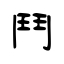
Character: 鬥